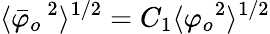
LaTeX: \langle{\bar{\varphi}_{o}}^{~2}\rangle^{1/2}=C_{1}\langle{\varphi_{o}}^{2}\rangle^{1/2}